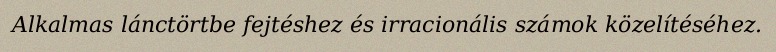
Alkalmas lánctörtbe fejtéshez és irracionális számok közelítéséhez.